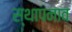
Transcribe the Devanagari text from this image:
स्थापनाव